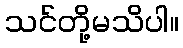
သင်တို့မသိပါ။